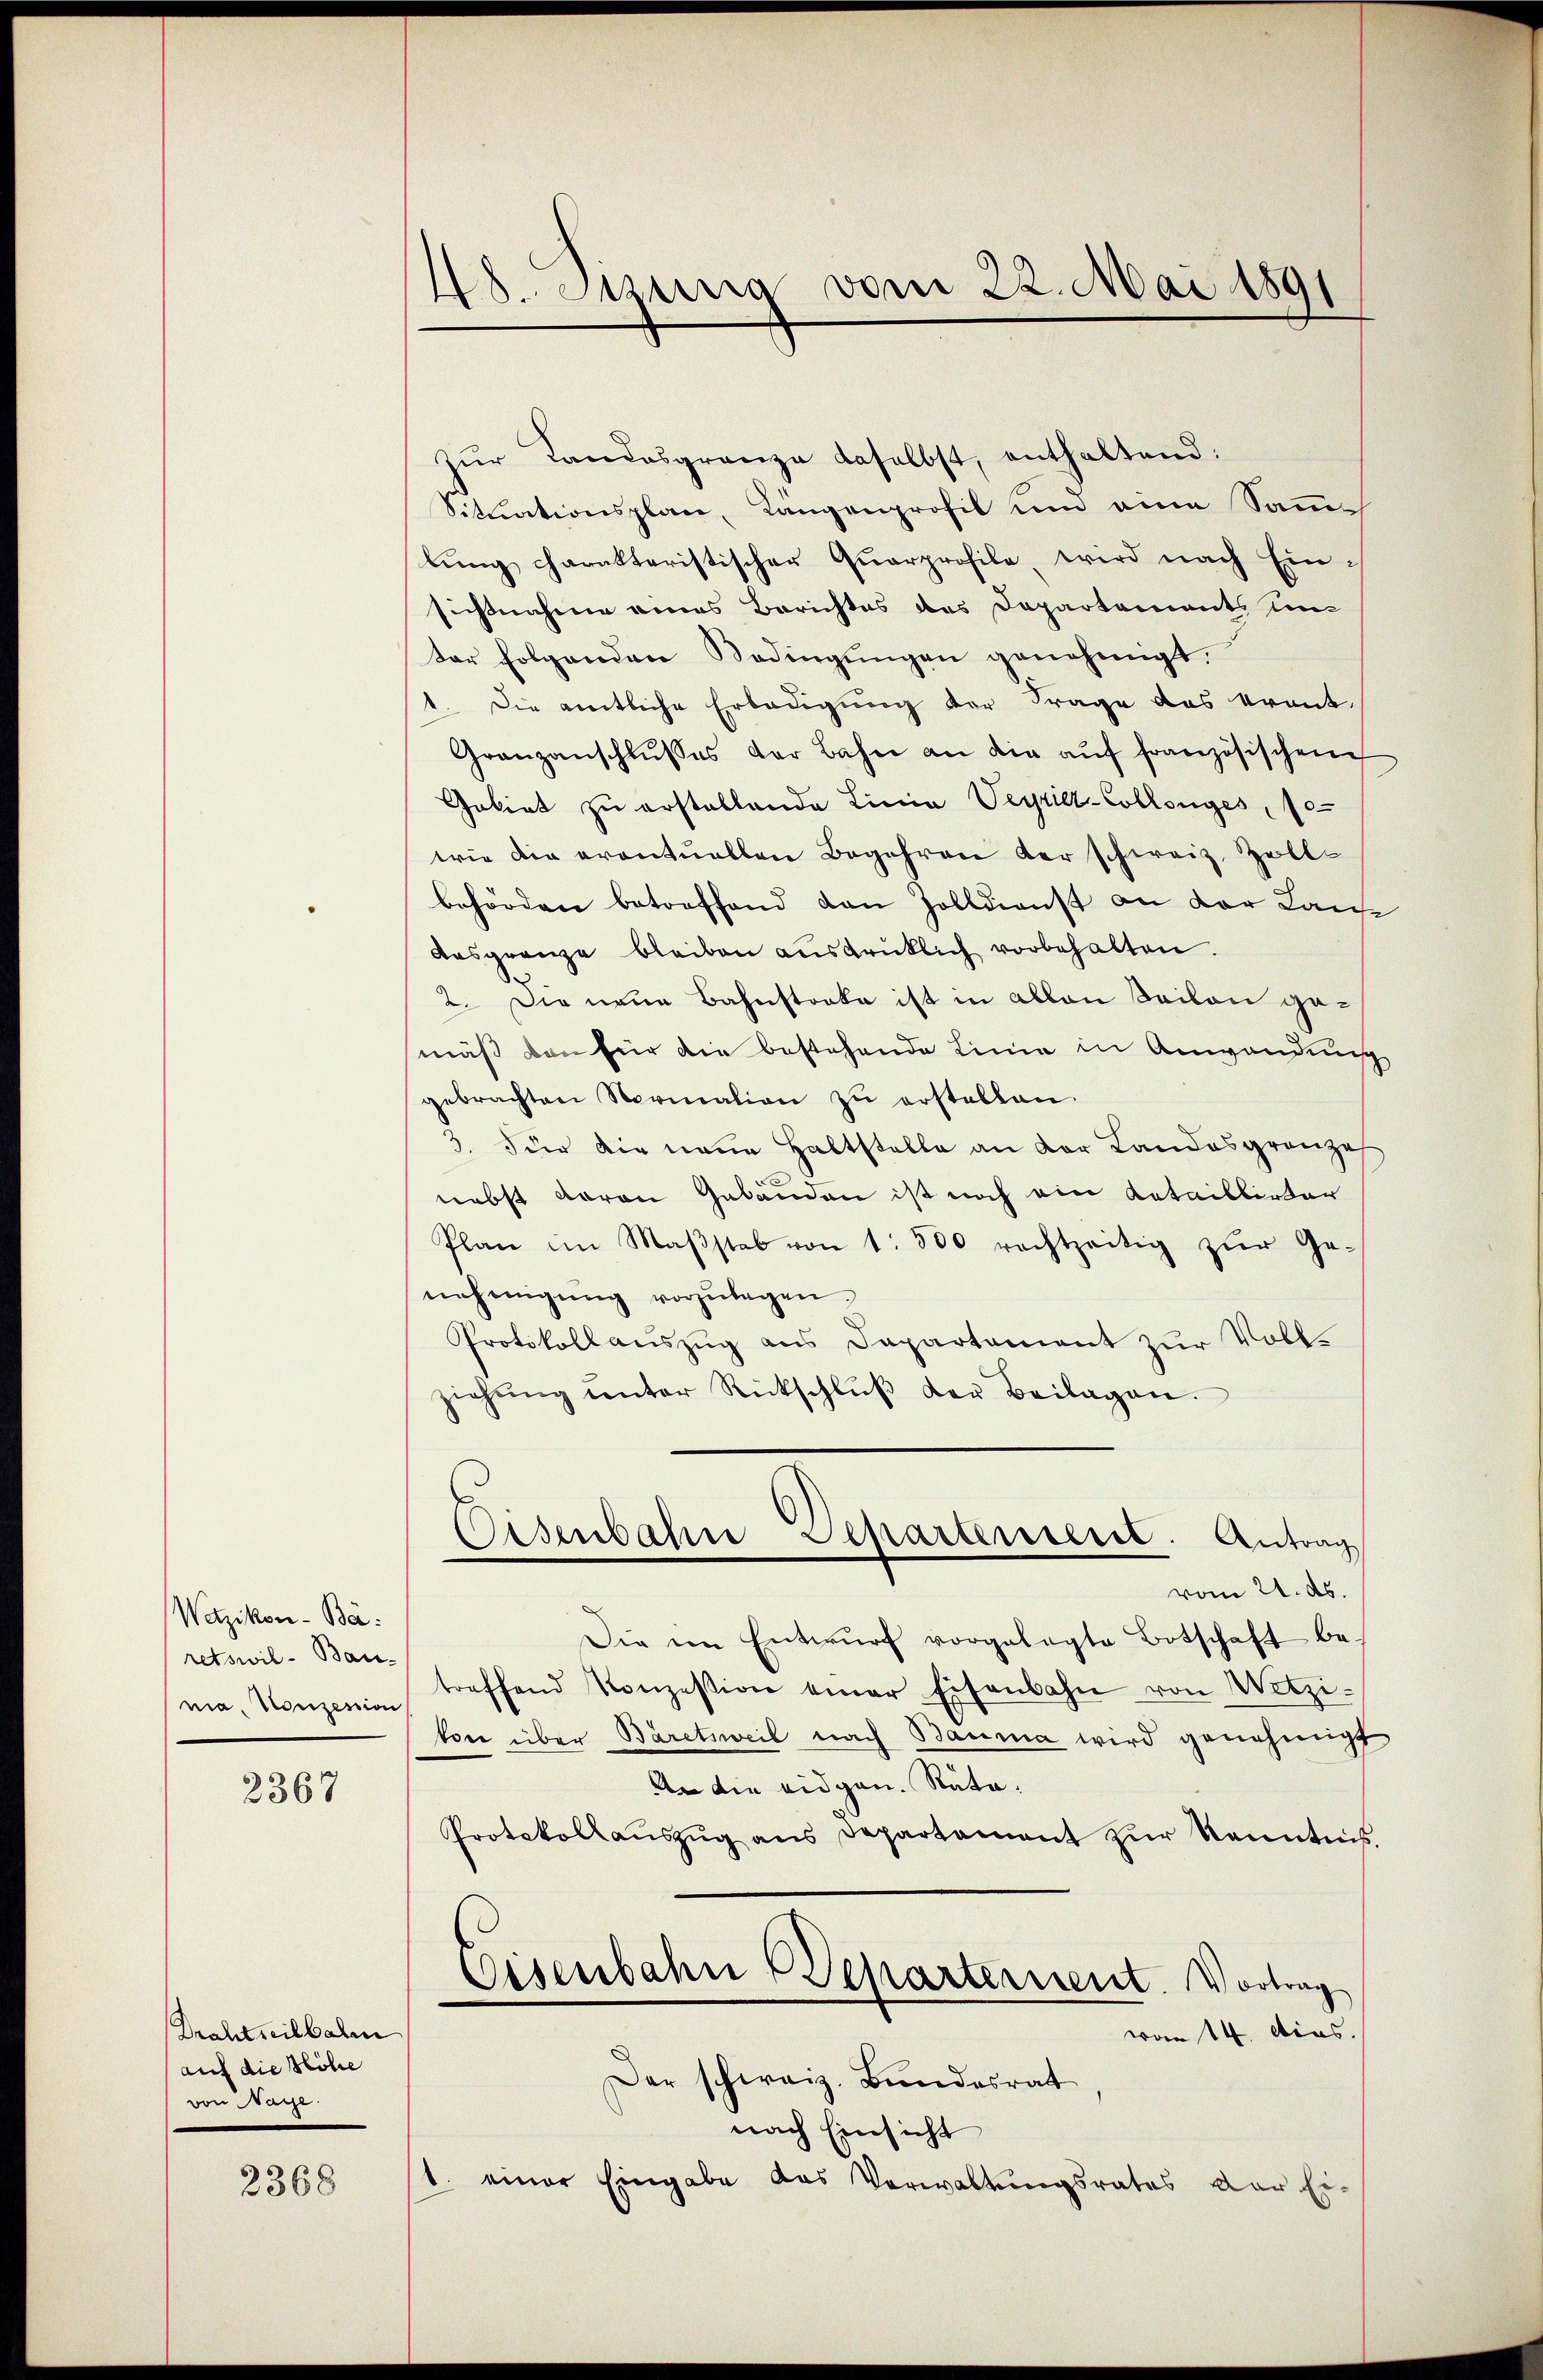
Wetzikon-Bä:
retswil- Bau-
nia, Konzession

2367

Drahtseilbalen
auf die Höhe
von Nage.

2368

48. Junia vom 22. Mai 1891

zŭr Landesgrenze daselbst, enthaltend:
Situationsplan, Längenprofil und eine Sammlung charakteristischer Quarprofile wird nach Einsichtnahme eines Berichtes des Departements um
ter folgenden Bedingungen genehmigt.
1. Die amtliche Erledigung der Frage das krant¬
Granzanschlŭsses der Bahn an die aŭf französischen
Gebiet zu erstellende Linia Veyrier-Collenges, fe
wie die eventuellen Begehren der schweiz. Zollbehörden betreffend den Zolldienst an der Laufe
Aasgrenze bleiben aŭsdrüklich vorbehalten.
2. Die neue Bahnstocke ist in allen Sailen gemäß den für die bestehende Linie in Anwendung
gebrachten Normation zŭ erstellen.
3. für die neue Haltstelle an der Landesgrenzel
nebst davon Gebäuden ist noch ein Kataillirter
Plan im Maβstab von 1. 500 rechtzeitig zŭr Ge-
nehmigŭng vorzŭlagen.
Protokollauszug aus Departament zŭr Voll-
ziehŭng ŭnter Rückschlŭβ der Beilagen.

Osenbahre Separtentert. Antrag

vom 21. ds.
Die ein Entwŭrf vorgelegte Botschaft be-
treffend Konzession einer Eisenbahn von Wetzi-
kon über Bäretsweil nach Bauma wird genehmigt
An die eidgen. Rata.
Protokollaŭszŭg ans Departament zŭr Kenntnis.
Eisenbahn Departernent. Vortrag
wan 14. dies.
Der schweiz. Bundesrat
nach Einsicht
1. einer Eingabe das Verwaltungsrates der Ei-